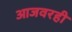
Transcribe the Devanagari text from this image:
आजवरही